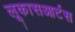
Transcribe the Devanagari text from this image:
लूकासआर्टस